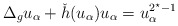
\begin{align*}\Delta_g u_\alpha+ \check{h}(u_\alpha)u_\alpha=u_\alpha^{2^\star-1}\end{align*}